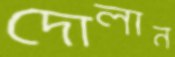
দোলান